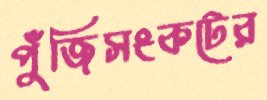
পুঁজিসংকটের